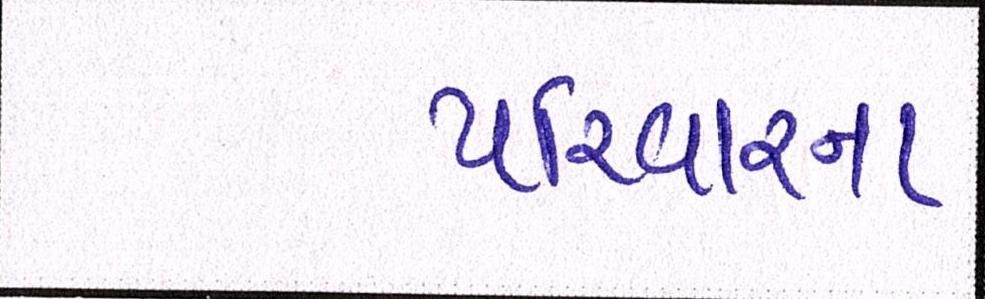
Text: પરિવારના